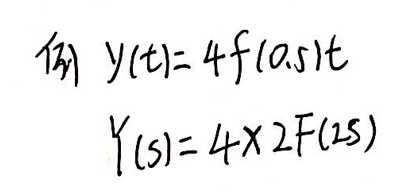
例\(&\ y(t)=4f(0.5t)\)\\
\(Y(s)&=4\times 2F(2s)\)